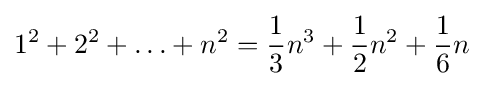
1^{2}+2^{2}+\ldots +n^{2}={\frac {1}{3}}n^{3}+{\frac {1}{2}}n^{2}+{\frac {1}{6}}n